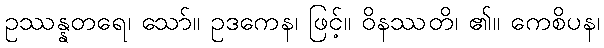
ဥဿန္နတရေ၊ သော်။ ဥဒကေန၊ ဖြင့်။ ဝိနဿတိ၊ ၏။ ကေစိပန၊